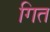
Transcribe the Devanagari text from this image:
गित